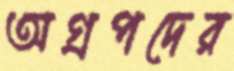
অগ্রপদের